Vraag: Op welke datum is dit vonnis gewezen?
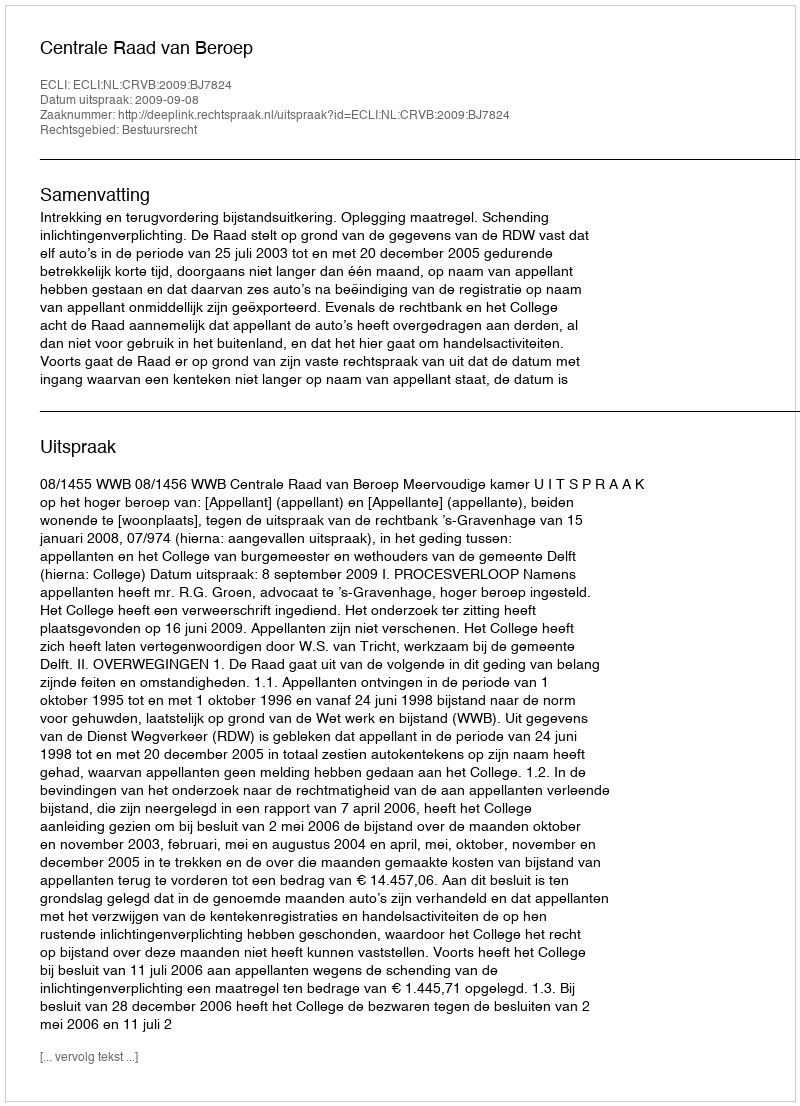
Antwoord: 2009-09-08